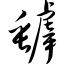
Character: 罅